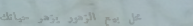
محل بيع الزهور يزهر حياتك